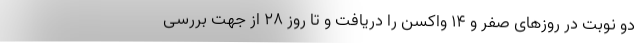
دو نوبت در روزهای صفر و ۱۴ واکسن را دریافت و تا روز ۲۸ از جهت بررسی